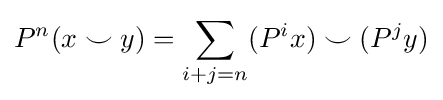
P^{n}(x\smile y)=\sum _{i+j=n}(P^{i}x)\smile (P^{j}y)